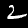
Digit: 2